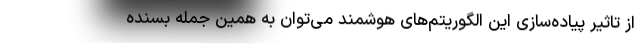
از تاثیر پیاده­سازی این الگوریتم­های هوشمند می­توان به همین جمله بسنده